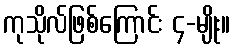
ကုသိုလ်ဖြစ်ကြောင်း ၄-မျိုး။